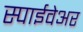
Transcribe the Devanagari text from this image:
स्पाईवेअर